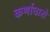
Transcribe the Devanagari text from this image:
कर्णाधारों